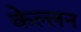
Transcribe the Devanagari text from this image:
केल्लन